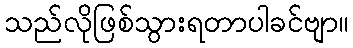
သည်လိုဖြစ်သွားရတာပါခင်ဗျာ။